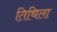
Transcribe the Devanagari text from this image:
तिथिला